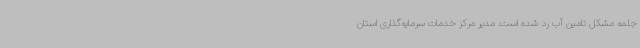
جلمه مشکل تامین آب رد شده است. مدیر مرکز خدمات سرمایه‌گذاری استان